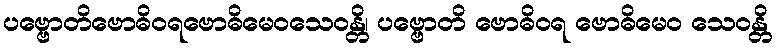
ပဗ္ဗောတိဗောဓိဝရဗောဓိမေဝသေဝန္တိ၊ ပဗ္ဗောတိ ဗောဓိဝရ ဗောဓိမေဝ သေဝန္တိ